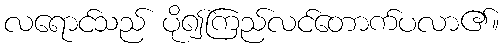
လရောင်သည် ပို၍ကြည်လင်တောက်ပလာ၏။